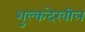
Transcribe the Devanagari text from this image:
शुल्कदेखील